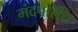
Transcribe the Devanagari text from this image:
मंदपरिधि